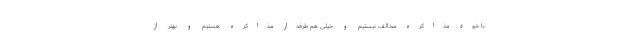
با خود مذاکره مخالف نیستیم و خیلی هم طرفدار مذاکره هستیم و بهتر از